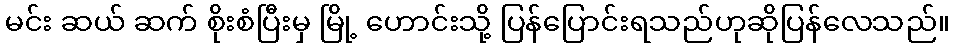
မင်း ဆယ် ဆက် စိုးစံပြီးမှ မြို့ ဟောင်းသို့ ပြန်ပြောင်းရသည်ဟုဆိုပြန်လေသည်။